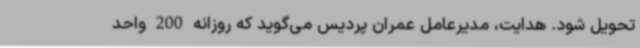
تحویل شود. هدایت، مدیرعامل عمران پردیس می‌گوید که روزانه 200 واحد